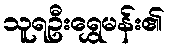
သူရဦးရွှေမန်း၏